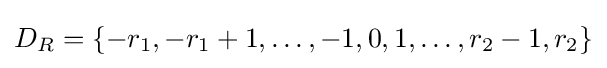
D_{R}=\{-r_{1},-r_{1}+1,\dots ,-1,0,1,\dots ,r_{2}-1,r_{2}\}